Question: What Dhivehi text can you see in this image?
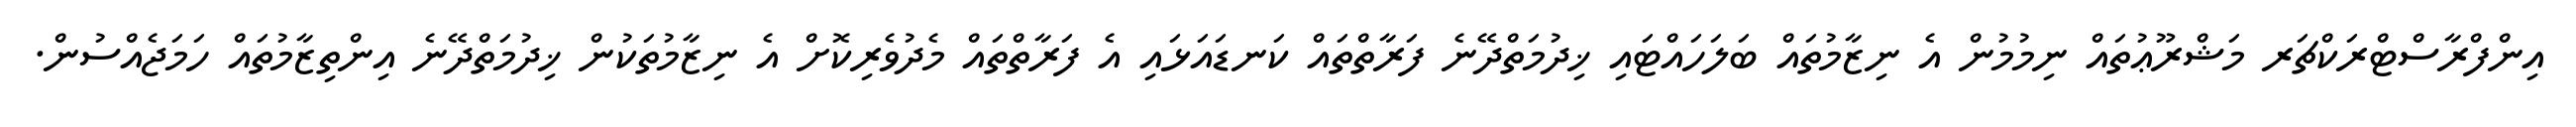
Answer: އިންފްރާސްޓްރަކްޗަރ މަޝްރޫޢުތައް ނިމުމުން އެ ނިޒާމުތައް ބަލަހައްޓައި ޚިދުމަތްދޭނެ ފަރާތްތައް ކަނޑައަޅައި އެ ފަރާތްތައް މެދުވެރިކޮށް އެ ނިޒާމުތަކުން ޚިދުމަތްދޭނެ އިންތިޒާމުތައް ހަމަޖެއްސުން.